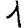
Digit: 1